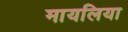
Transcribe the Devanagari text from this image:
मायलिया